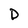
Character: D